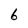
Character: 6